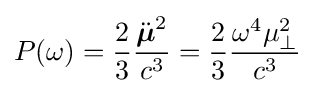
P(\omega )={\frac {2}{3}}{\frac {{\ddot {\boldsymbol {\mu }}}^{2}}{c^{3}}}={\frac {2}{3}}{\frac {\omega ^{4}\mu _{\bot }^{2}}{c^{3}}}